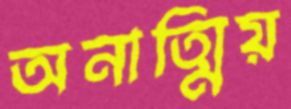
অনাত্মিয়